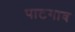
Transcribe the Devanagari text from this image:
पाटगाव